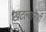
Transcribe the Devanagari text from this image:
खटल्यांनाही